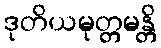
ဒုတိယမုတ္တမန္တိ